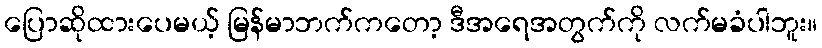
ပြောဆိုထားပေမယ့် မြန်မာဘက်ကတော့ ဒီအရေအတွက်ကို လက်မခံပါဘူး။